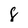
Character: 8